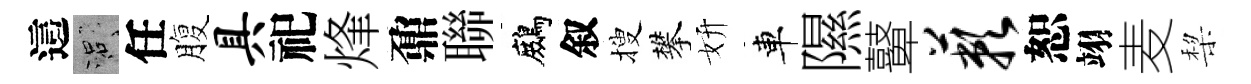
這口任腹具祀烽鼐聯鷓叙搜攀妍車隰鼙蔌恕翊麦棃